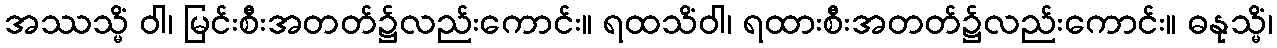
အဿသ္မိံ ဝါ၊ မြင်းစီးအတတ်၌လည်းကောင်း။ ရထသိံဝါ၊ ရထားစီးအတတ်၌လည်းကောင်း။ ဓနုသ္မိံ၊